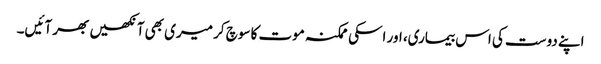
اپنے دوست کی اس بیماری، اور اسکی ممکنہ موت کا سوچ کر میری بھی آنکھیں بھر آئیں۔